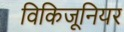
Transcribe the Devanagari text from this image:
विकिजूनियर